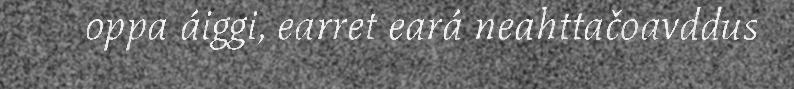
oppa áiggi, earret eará neahttačoavddus